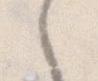
々